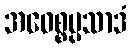
အဝေစ္စပ္ပသာဒံ